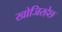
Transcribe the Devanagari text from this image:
खोजिरहेछ